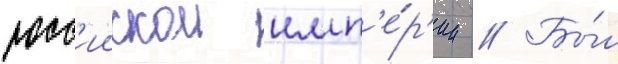
росс'иискои имп'е́р'ии // Бы́л